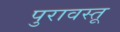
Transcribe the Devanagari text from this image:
पुरावस्तू